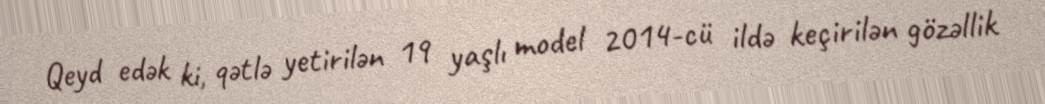
Qeyd edək ki, qətlə yetirilən 19 yaşlı model 2014-cü ildə keçirilən gözəllik